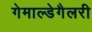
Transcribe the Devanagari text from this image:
गेमाल्डेगैलरी